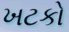
ખટકો